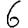
Digit: 6